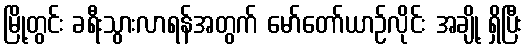
မြို့တွင်း ခရီးသွားလာရန်အတွက် မော်တော်ယာဉ်လိုင်း အချို့ ရှိပြီး